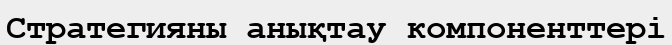
Стратегияны анықтау компоненттері